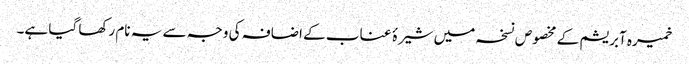
خمیرہ آبریشم کے مخصوص نسخہ میں شیرۂ عناب کے اضافہ کی وجہ سے یہ نام رکھا گیا ہے۔